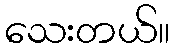
သေးတယ်။